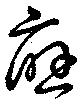
應